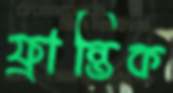
ফ্রান্তিক